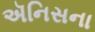
ઍનિસના